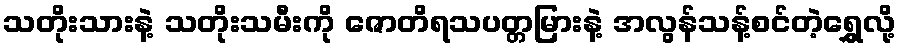
သတိုးသားနဲ့ သတိုးသမီးကို ဇောတိရသပတ္တမြားနဲ့ အလွန်သန့်စင်တဲ့ရွှေလို့